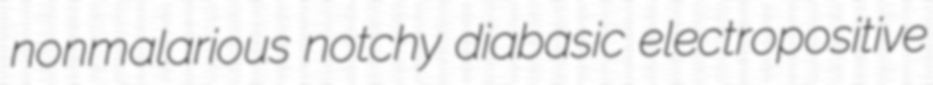
nonmalarious notchy diabasic electropositive